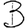
Digit: 3